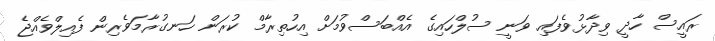
ރައީސް ހާދީ ވިދާޅުވެފައި ވަނީ ސުލްހައިގެ އެއްބަސްވުމަށް އިހުތިރާމް ކުރަން ހަނގުރާމަވެރިން ފެއިލްވެއްޖެ